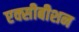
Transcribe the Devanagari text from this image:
एक्सीबीशन